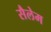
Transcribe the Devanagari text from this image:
सैलेम